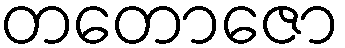
တတောဇော